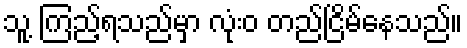
သူ့ ကြည့်ရသည်မှာ လုံးဝ တည်ငြိမ်နေသည်။